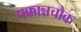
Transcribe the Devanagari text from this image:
पक्कान्नचौक